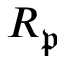
R _ { \mathfrak { p } }